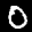
Label: 0